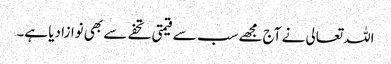
اللہ تعالی نے آج مجھے سب سے قیمتی تحفے سے بھی نوازا دیا ہے۔